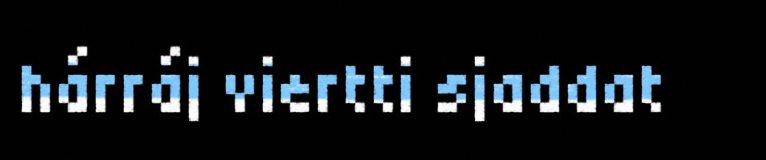
hárráj viertti sjaddat